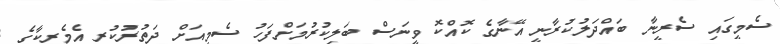
ސެމީގައި ސެރީނާ ބައްދަލުކުރާނީ އޭނާގެ ކޮއްކޮ ވީނަސް ބަލިކުރުމަށްފަހު ސެމީއަށް ދަތުރުކުރި އެމެރިކާގެ